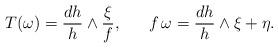
LaTeX: \begin{align*}T(\omega)=\frac{dh}{h} \wedge \frac{\xi}{f}, \ \ \ \ \ f\, \omega = \frac{dh}{h} \wedge \xi + \eta .\end{align*}